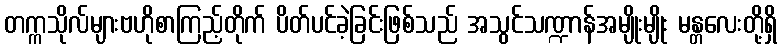
တက္ကသိုလ်များဗဟိုစာကြည့်တိုက် ပိတ်ပင်ခဲ့ခြင်းဖြစ်သည် အသွင်သဏ္ဍာန်အမျိုးမျိုး မန္တလေးတို့ရှိ